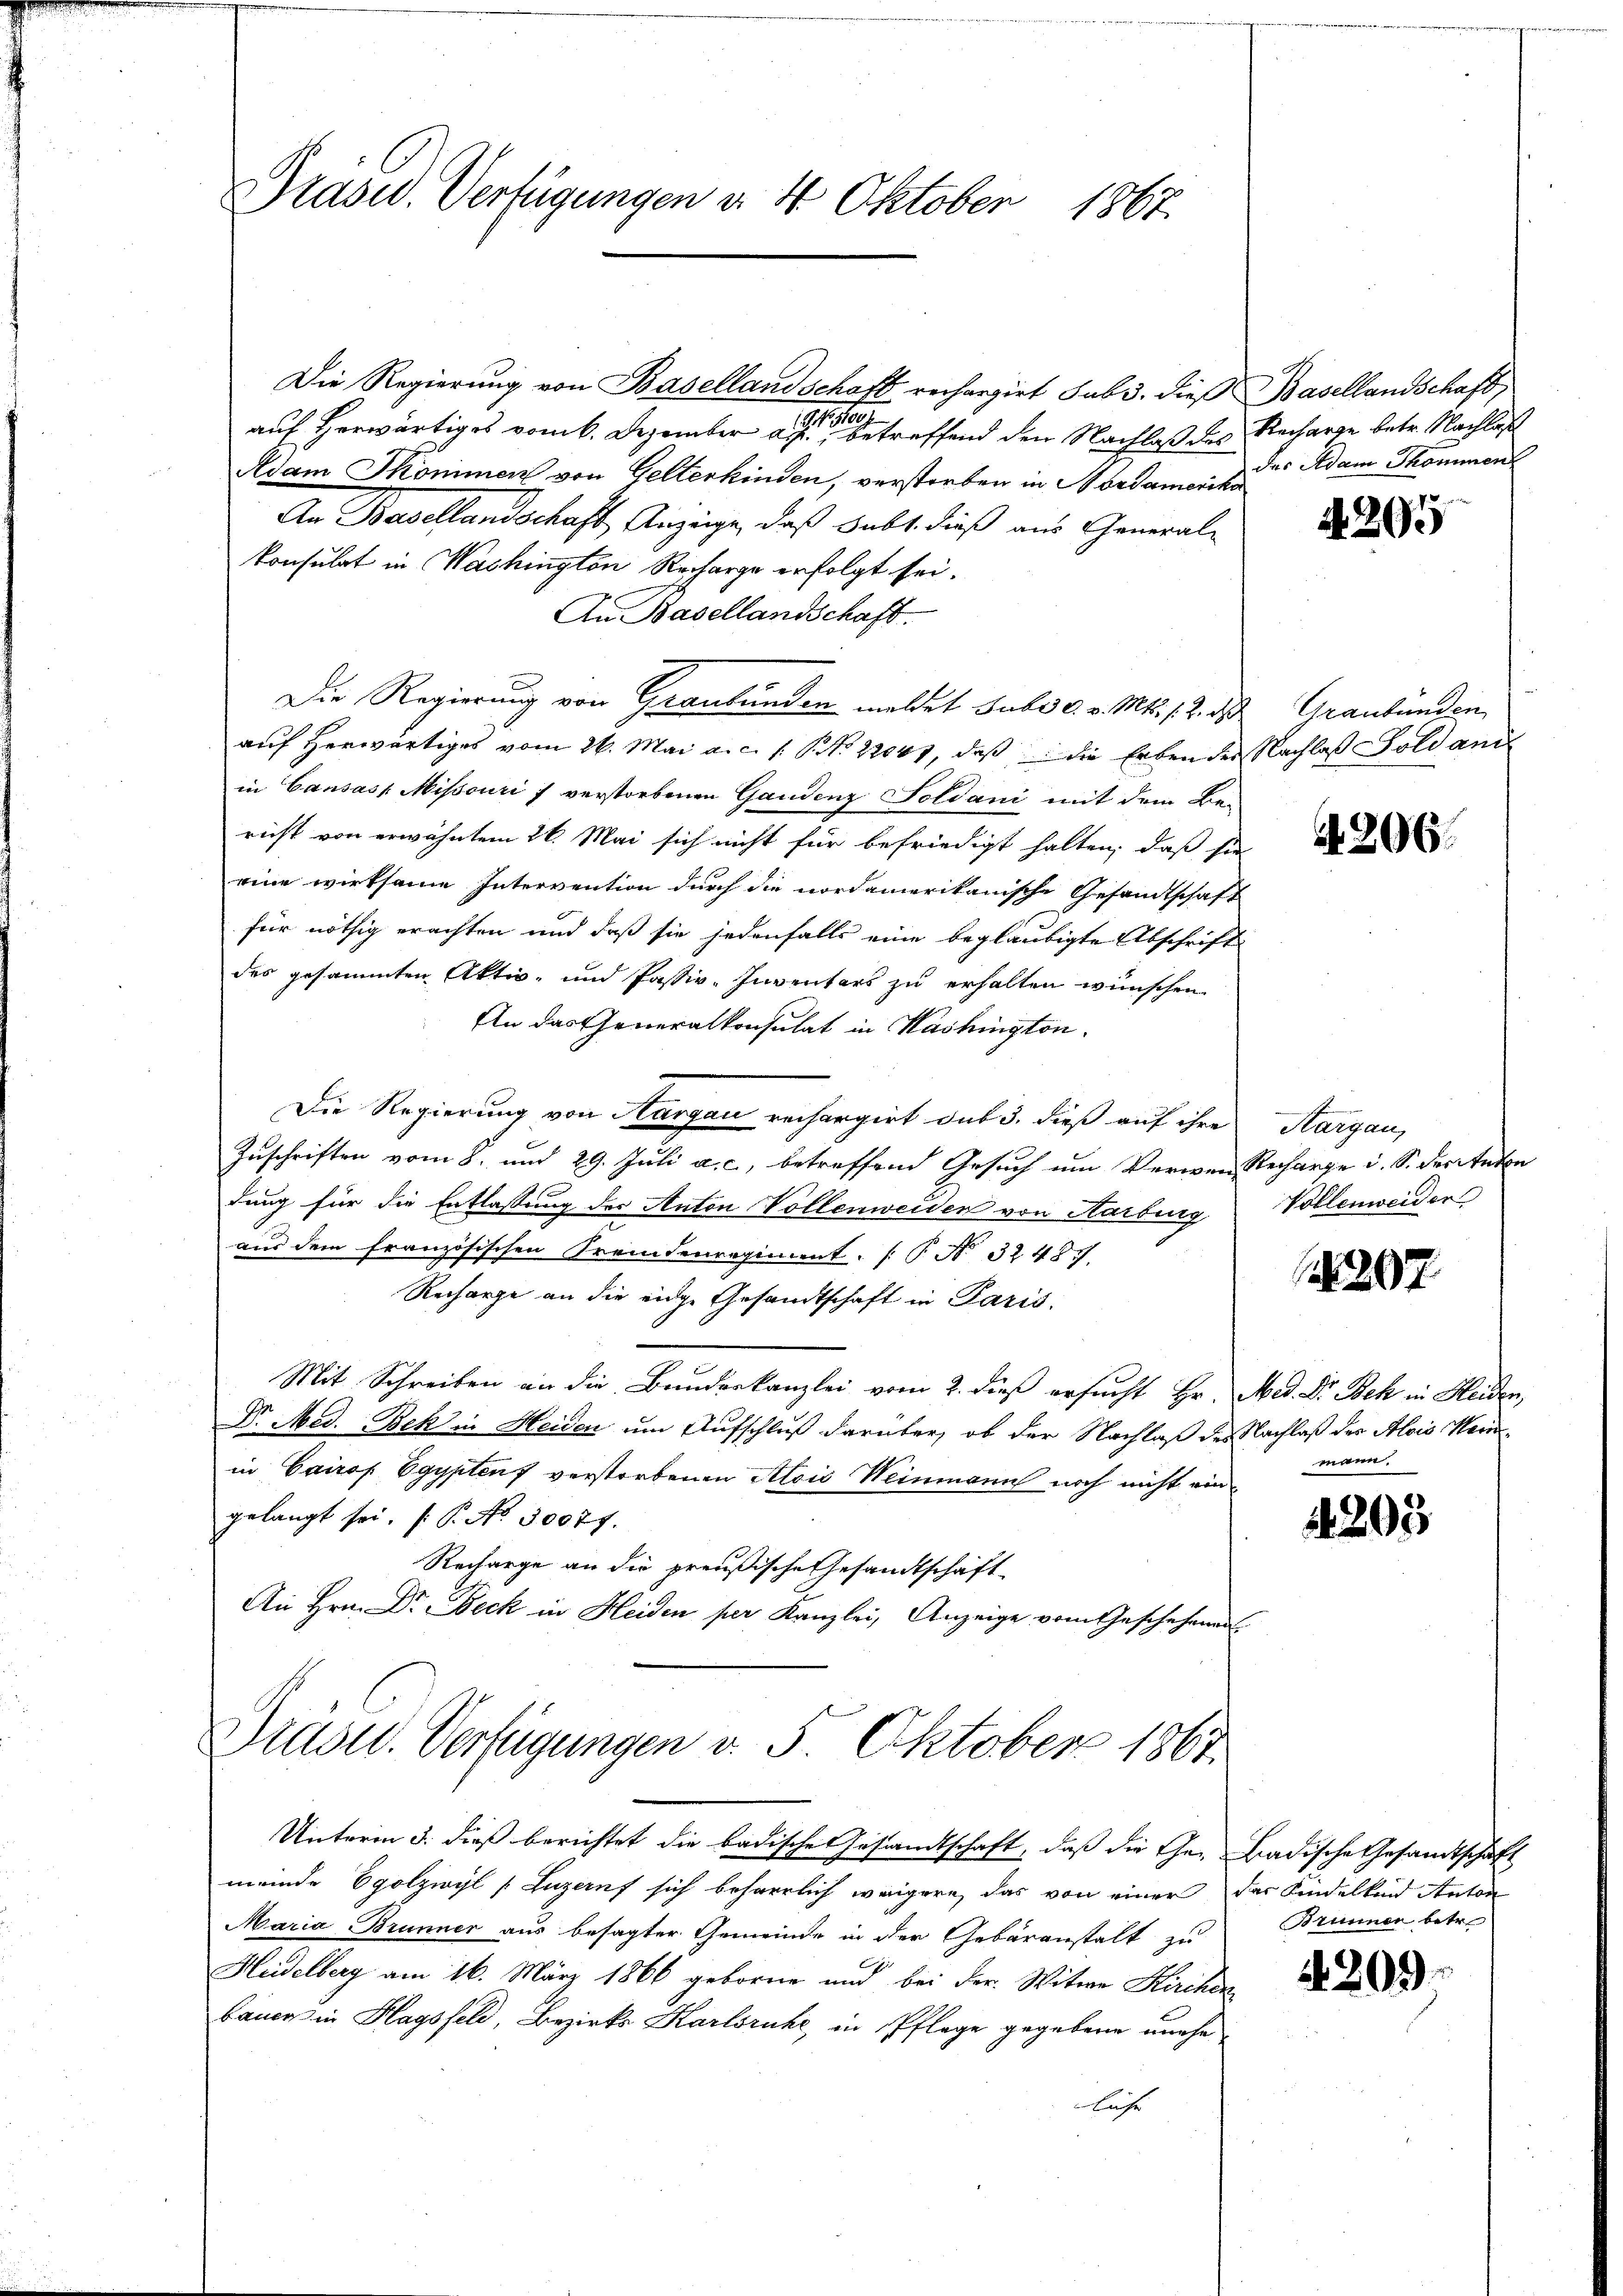
Präsid.. Verfügungen d. 4. Oktober 1867.

Die Regierung von Basellandschaft rechargirt sub 3. dieß Basellandschaft
auf herwärtiges vom 6. Dezember a. betreffend den Nachlaß des Recharge betr. Nachlaß
Adam Skömimen von Gelterkinden, verstorben in Nordamerika
An Basellandschaft Anzeige, daß Subt dieß aus General-
konsulat in Washington Recharge erfolgt sei.
An Basellandschaft.
Die Regierung von Graubünden meldet sub. c. v. Mts. 12. d. Graubünden
auf Herwärtiges vom 26. Mai a. c. s. S. Nr. 22001, daß die Erben der Nachlaß Soldani
in Causas Missouri verstorbenen Gandenz Soldani mit dem Be-
richt von erwähntem 26. Mai sich nicht für befriedigt halten, daß sie
eine wirksame Intervention durch die nordamerikanische Gesandtschaft
für nöthig erachten und daß sie jedenfalls eine beglaubigte Abschrift
des gesammten Aktiv- und Passiv-Inventars zu erhalten wünschen,
An das Generalkonsulat in Washington.
Die Regierung von Aargau rechargirt sub 3. dieß auf ihre Aargau,
Zuschriften vom 8. und 29. Juli a. c., betreffend Gesuch um Verwen Recharge u. S. der Anton
dung für die Entlassung des Anton Vollenweiden von Aarburg Vollenweider
aus dem französischen Fremdenregiment. (T. N. 32487.
Recharge an die eige Gesandtschaft in Paris,
Mit Schreiben an die Bandeskanzlei vom 2. dieß ersucht Hr. Med. Dr. Bek in Heiden,
Dr Med. Bek in Heiden um Aufschluß darüber, ob der Nachlaß des Nachlaß der Alois Heinin Cairof Egypten verstorbenen Alois Weinmann noch nicht ein
gelangt sei. (T. No. 30077.
Recharge an die preußische Gesandtschaft
An Hrn. Dr. Beck in Heiden per Kanzlei, Anzeige vom Geschehenen

Drüsel. Verfügungen v. 5. Oktober 1867.

Unterm 5. dieß berichtet die badische Gesandtschaft, daß die Ehe- Badische Gesandtschaft
meinde Egolzwyl (Luzernf sich beharrlich weigere, das von einer der Kindelkind Anton
Maria Brunner aus besagter Gemeinde in der Gebäranstalt zu
Heidelberg am 16. März 1866 geborne und bei der Witwe Kirchen
bauer in Hagsfeld, Bezirks Karlsruhe, in Pflege gegebene unehe
luse

des Adam Sommen

A 20.

A 206.

1297.

mann.

4203

Brunner betr.

4. 203